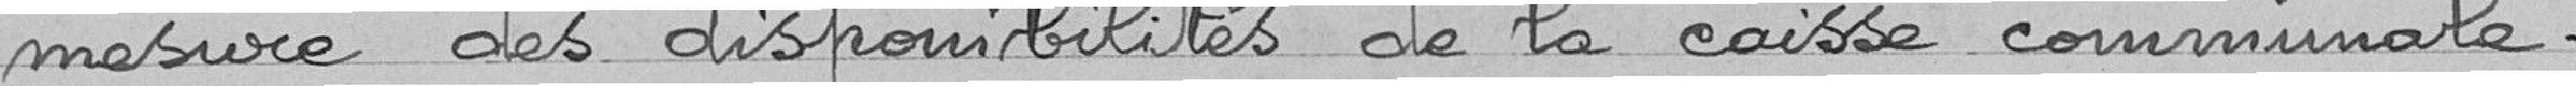
mesure des disponibilités de la caisse communale.